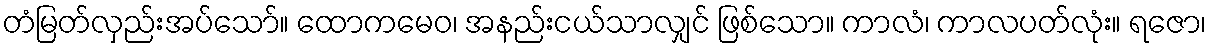
တံမြတ်လှည်းအပ်သော်။ ထောကမေဝ၊ အနည်းငယ်သာလျှင် ဖြစ်သော။ ကာလံ၊ ကာလပတ်လုံး။ ရဇော၊